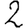
Digit: 2